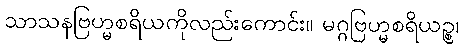
သာသနဗြဟ္မစရိယကိုလည်းကောင်း။ မဂ္ဂဗြဟ္မစရိယဉ္စ၊